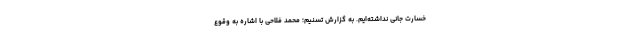
خسارت جانی نداشته‌ایم. به گزارش تسنیم؛ محمد فلاحی با اشاره به وقوع